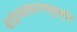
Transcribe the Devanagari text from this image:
चांद्रव्याकरणसूत्रवृत्ति